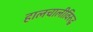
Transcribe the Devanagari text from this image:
हालचालीविरुद्ध